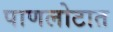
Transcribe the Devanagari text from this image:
पाणलोटात